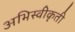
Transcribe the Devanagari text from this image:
अभिस्वीकृती